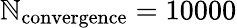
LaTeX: \mathbb{N}_{\mathrm{{convergence}}}=10000